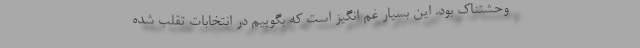
وحشتناک بود. این بسیار غم انگیز است که بگوییم در انتخابات تقلب شده